Civil Veterinary Dept. Assam report 1927-50 - 1927-1950
Year: 1927
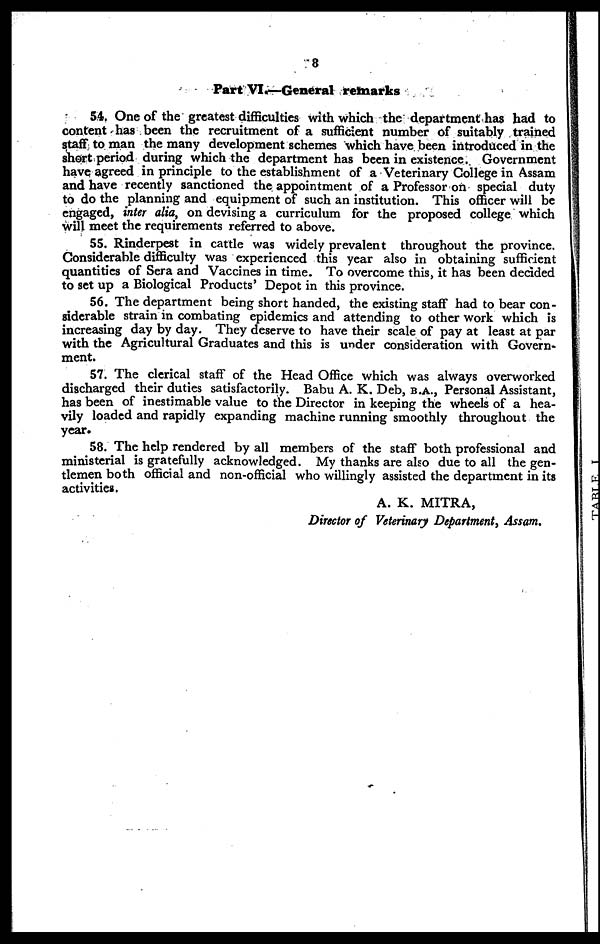
8
Part VI.—General remarks
54. One of the greatest difficulties with which the department has had to
content has been the recruitment of a sufficient number of suitably trained
staff to man the many development schemes which have been introduced in the
short period during which the department has been in existence. Government
have agreed in principle to the establishment of a Veterinary College in Assam
and have recently sanctioned the appointment of a Professor on special duty
to do the planning and equipment of such an institution. This officer will be
engaged, inter alia, on devising a curriculum for the proposed college which
will meet the requirements referred to above.
55. Rinderpest in cattle was widely prevalent throughout the province.
Considerable difficulty was experienced this year also in obtaining sufficient
quantities of Sera and Vaccines in time. To overcome this, it has been decided
to set up a Biological Products' Depot in this province.
56. The department being short handed, the existing staff had to bear con-
siderable strain in combating epidemics and attending to other work which is
increasing day by day. They deserve to have their scale of pay at least at par
with the Agricultural Graduates and this is under consideration with Govern-
ment.
57. The clerical staff of the Head Office which was always overworked
discharged their duties satisfactorily. Babu A. K. Deb, B.A., Personal Assistant,
has been of inestimable value to the Director in keeping the wheels of a hea-
vily loaded and rapidly expanding machine running smoothly throughout the
year.
58. The help rendered by all members of the staff both professional and
ministerial is gratefully acknowledged. My thanks are also due to all the gen-
tlemen both official and non-official who willingly assisted the department in its
activities.
A. K. MITRA,
Director of Veterinary Department, Assam.